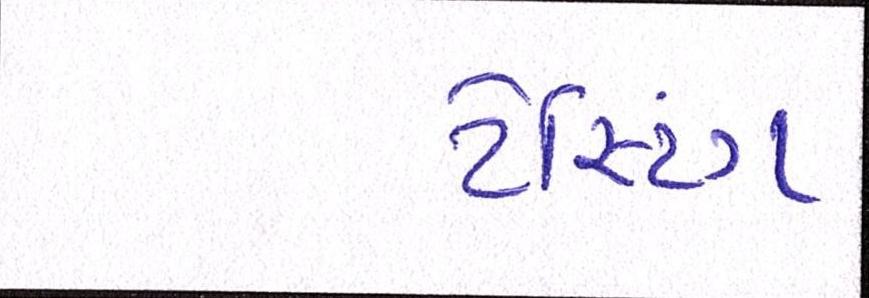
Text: ટેસ્ટિંગ